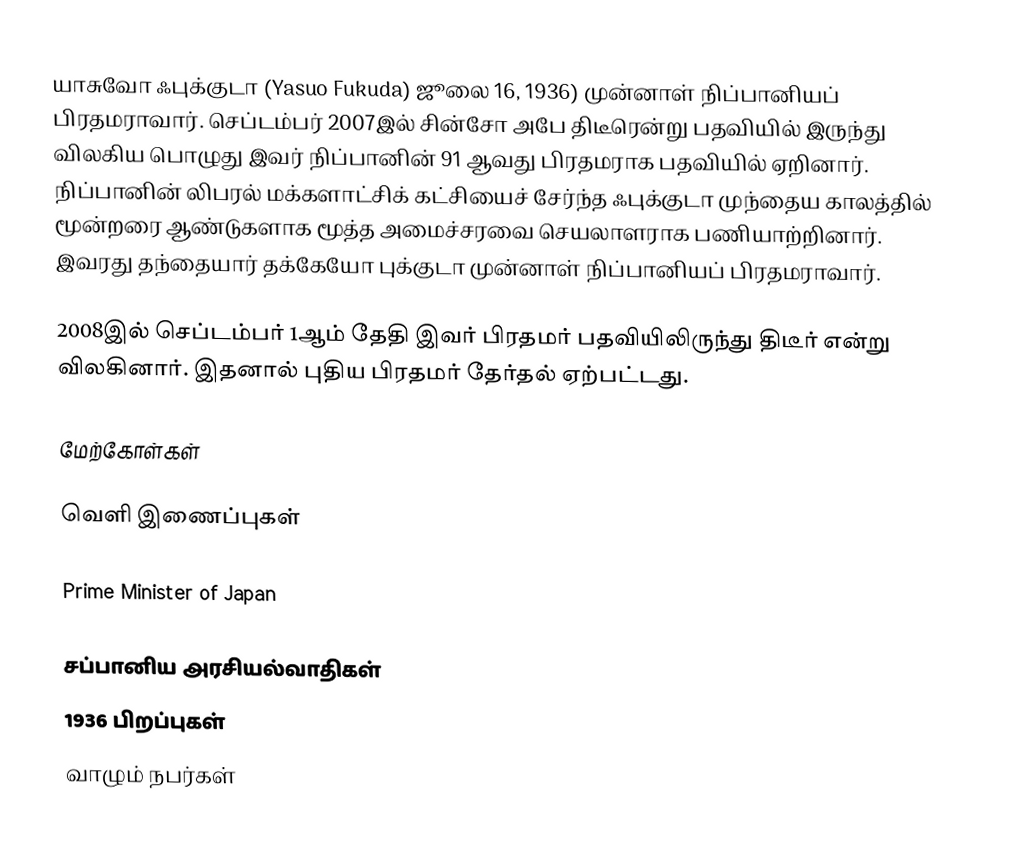
யாசுவோ ஃபுக்குடா (Yasuo Fukuda) ஜூலை 16, 1936) முன்னாள் நிப்பானியப் பிரதமராவார். செப்டம்பர் 2007இல் சின்சோ அபே திடீரென்று பதவியில் இருந்து விலகிய பொழுது இவர் நிப்பானின் 91 ஆவது பிரதமராக பதவியில் ஏறினார். நிப்பானின் லிபரல் மக்களாட்சிக் கட்சியைச் சேர்ந்த ஃபுக்குடா முந்தைய காலத்தில் மூன்றரை ஆண்டுகளாக மூத்த அமைச்சரவை செயலாளராக பணியாற்றினார். இவரது தந்தையார் தக்கேயோ புக்குடா முன்னாள் நிப்பானியப் பிரதமராவார்.

2008இல் செப்டம்பர் 1ஆம் தேதி இவர் பிரதமர் பதவியிலிருந்து திடீர் என்று விலகினார். இதனால் புதிய பிரதமர் தேர்தல் ஏற்பட்டது.

மேற்கோள்கள்

வெளி இணைப்புகள்

 Prime Minister of Japan

சப்பானிய அரசியல்வாதிகள்
1936 பிறப்புகள்
வாழும் நபர்கள்